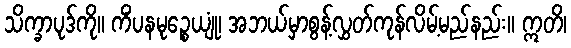
သိက္ခာပုဒ်ကို။ ကိံပနမုဉ္စေယျုံ၊ အဘယ်မှာစွန့်လွှတ်ကုန်လိမ့်မည်နည်း။ ဣတိ၊